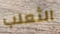
الثعلب